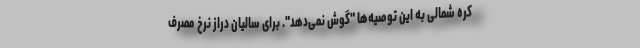
کره شمالی به این توصیه‌ها "گوش نمی‌دهد". برای سالیان دراز نرخ مصرف